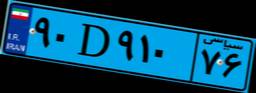
۳۸D۸۵۷۷۱